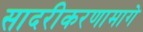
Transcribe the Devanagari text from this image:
सादरीकरणामागे